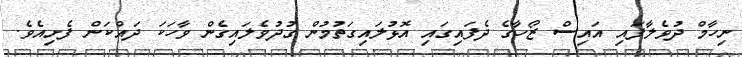
ނިހާމް ދުވެލާފައި އައިސް ޒޯހާގެ ދެފައިގައި އޮޅުލައިގަތުމުން ގުދުވެލައިގެން ވާހަކަ ދައްކަން ފެށިއެވެ.